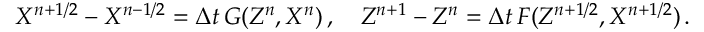
X ^ { n + 1 / 2 } - X ^ { n - 1 / 2 } = \Delta t \, G ( Z ^ { n } , X ^ { n } ) \, , \quad Z ^ { n + 1 } - Z ^ { n } = \Delta t \, F ( Z ^ { n + 1 / 2 } , X ^ { n + 1 / 2 } ) \, .